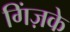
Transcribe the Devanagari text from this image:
गिंज़के